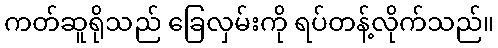
ကတ်ဆူရိုသည် ခြေလှမ်းကို ရပ်တန့်လိုက်သည်။